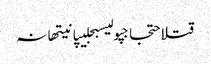
قتلاحتجاجپولیسبجلیپانیتھانہ